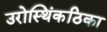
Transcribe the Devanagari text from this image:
उरोस्थिंकठिका